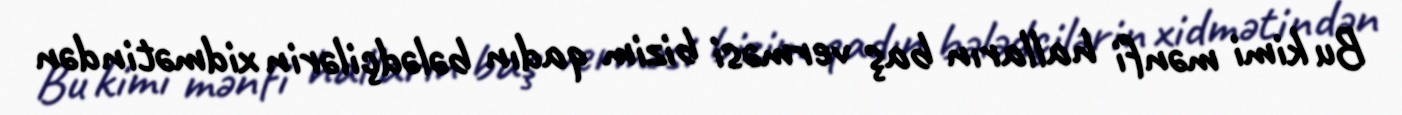
Bu kimi mənfi halların baş verməsi bizim qadın bələdçilərin xidmətindən